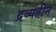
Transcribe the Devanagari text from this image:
द्रव्यहीन